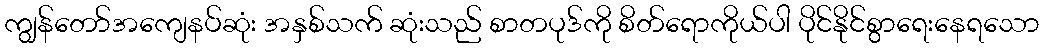
ကျွန်တော်အကျေနပ်ဆုံး အနှစ်သက် ဆုံးသည် စာတပုဒ်ကို စိတ်ရောကိုယ်ပါ ပိုင်နိုင်စွာရေးနေရသော